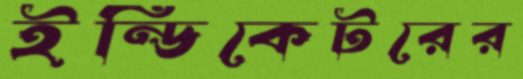
ইন্ডিকেটরের